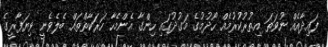
ފައިދާއެއް ނުވަތަ އިތުރުކުރުމެއް ހޯދުމުގެ މަގުދުގައި ހިންގާ އެންމެހާ ހަރަކާތްތައް ބެލެވެނީ ވިޔަފާރީގެ